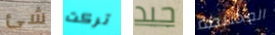
شئ تركت جيد المختلطة